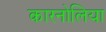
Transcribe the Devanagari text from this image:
कारनोलिया